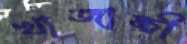
খাজাঙ্চী